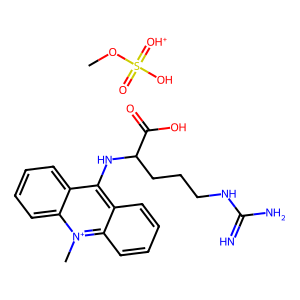
SMILES: COS(=O)(O)=[OH+].C[n+]1c2ccccc2c(NC(CCCNC(=N)N)C(=O)O)c2ccccc21
Inhibits HIV replication: No